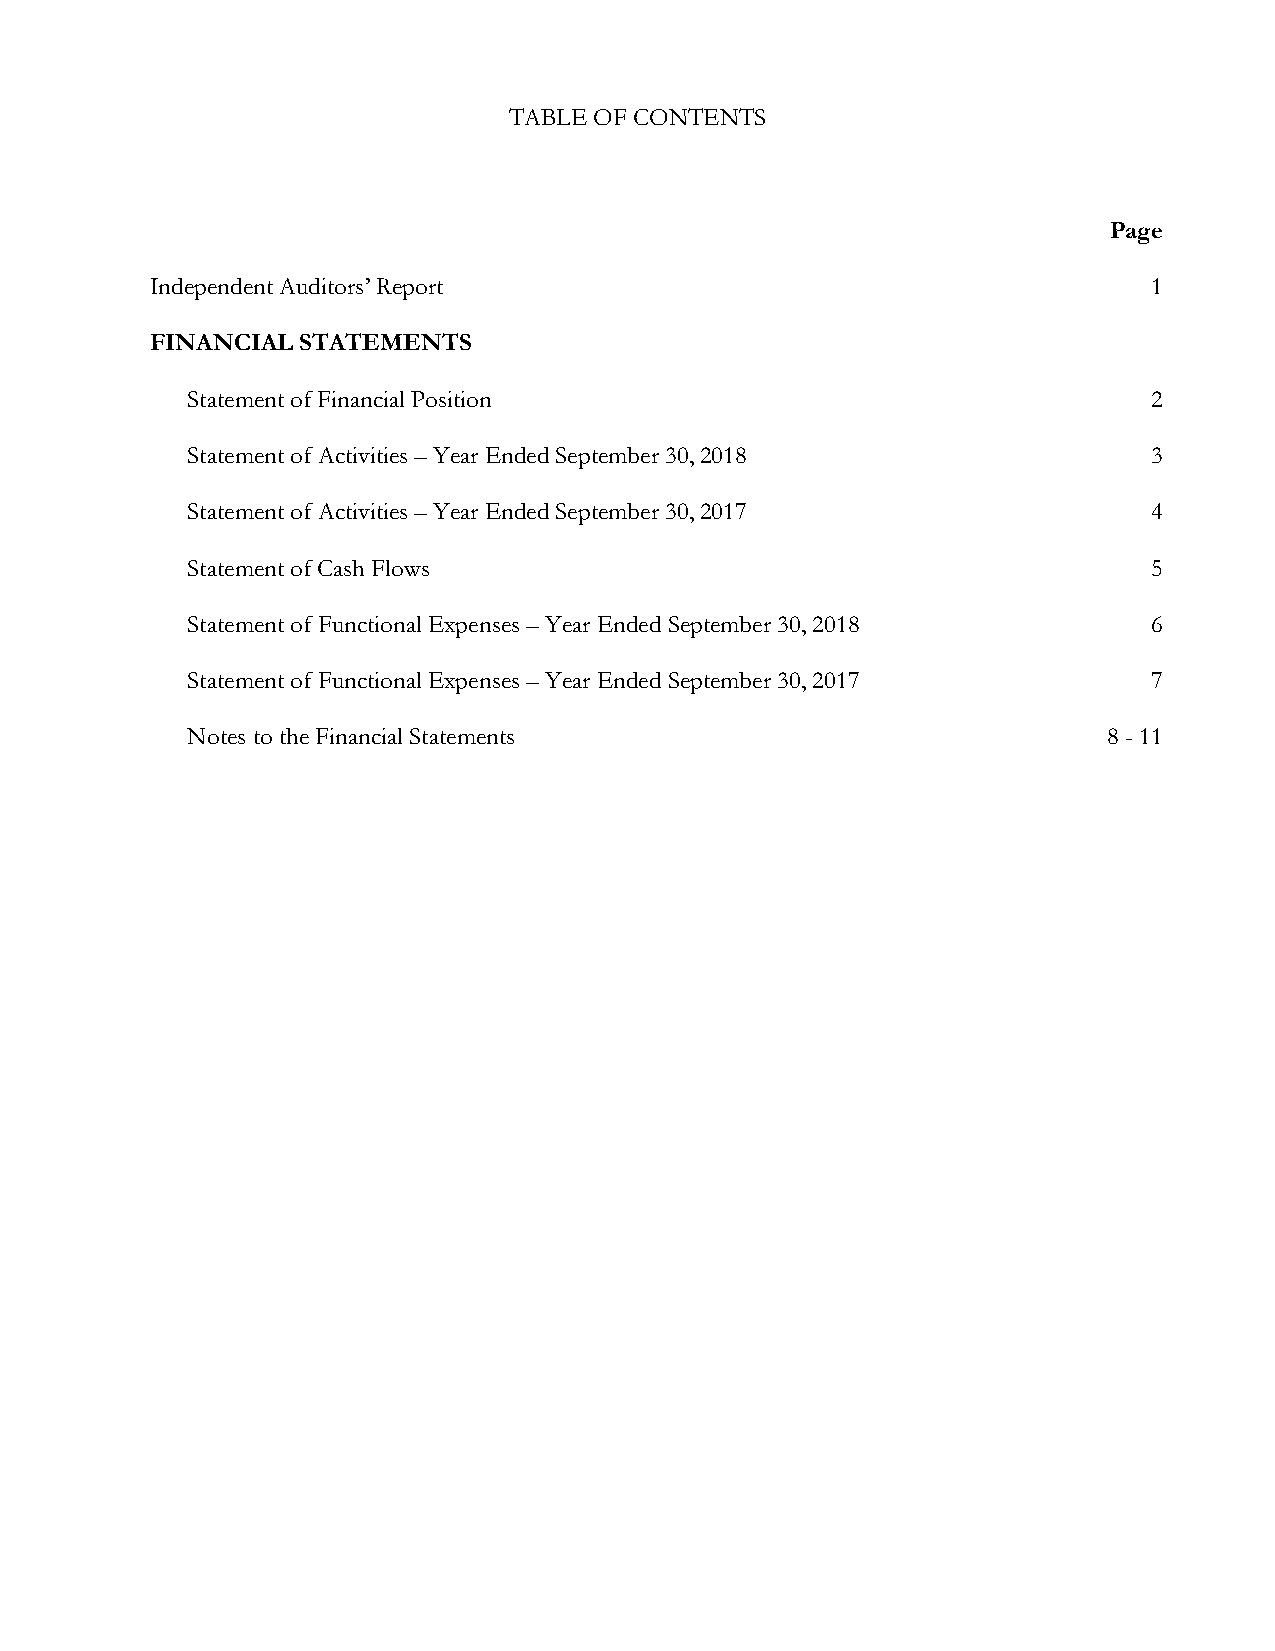
TABLE OF CONTENTS
 Page
 Independent Auditors’ Report                                      1
 FINANCIAL STATEMENTS
 Statement of Financial Position                                 2
 Statement of Activities – Year Ended September 30, 2018         3
 Statement of Activities – Year Ended September 30, 2017         4
 Statement of Cash Flows                                         5
 Statement of Functional Expenses – Year Ended September 30, 2018 6
 Statement of Functional Expenses – Year Ended September 30, 2017 7
 Notes to the Financial Statements                            8 - 11